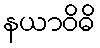
နယာဝိဓိ